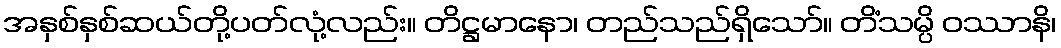
အနှစ်နှစ်ဆယ်တို့ပတ်လုံ့လည်း။ တိဋ္ဌမာနော၊ တည်သည်ရှိသော်။ တိံသမ္ပိ ဝဿာနိ၊